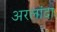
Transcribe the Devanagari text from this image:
अरलांदा